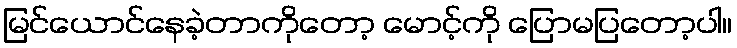
မြင်ယောင်နေခဲ့တာကိုတော့ မောင့်ကို ပြောမပြတော့ပါ။